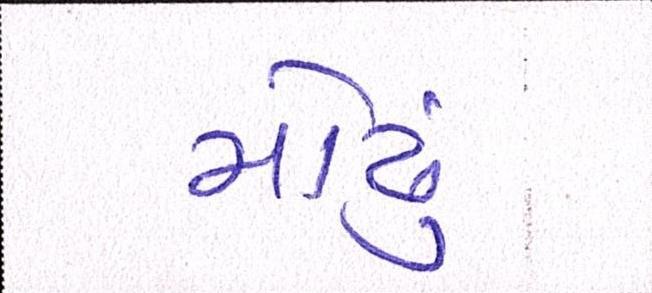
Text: મોઢું